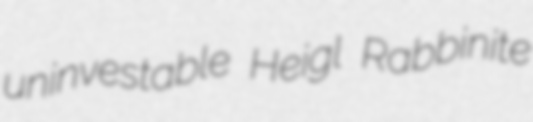
uninvestable Heigl Rabbinite